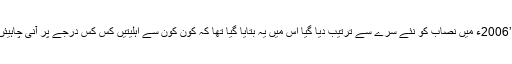
’’2006ء میں نصاب کو نئے سرے سے ترتیب دیا گیا اس میں یہ بتایا گیا تھا کہ کون کون سے اہلیتیں کس کس درجے پر آنی چاہیئں۔